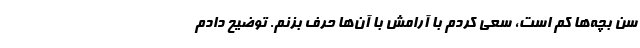
سن بچه‌ها کم است، سعی کردم با آرامش با آن‌ها حرف بزنم. توضیح دادم